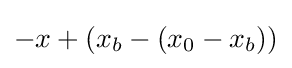
-x+(x_{b}-(x_{0}-x_{b}))